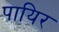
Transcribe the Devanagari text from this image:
पायिर